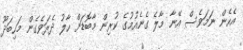
އެހެން ނަމަވެސް އޭނާ މާލެ ގެނެއުމުގެ ކުރިން މާބޮޑަށް ހާލު ދެރަވެގެން މަހިބަދޫ